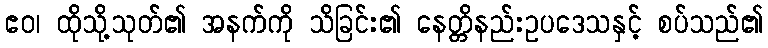
ဧဝ၊ ထိုသို့သုတ်၏ အနက်ကို သိခြင်း၏ နေတ္တိနည်းဥပဒေသနှင့် စပ်သည်၏